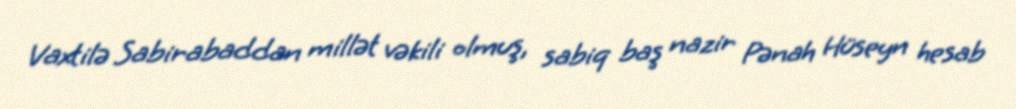
Vaxtilə Sabirabaddan millət vəkili olmuş, sabiq baş nazir Pənah Hüseyn hesab